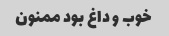
خوب و داغ بود ممنون